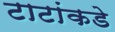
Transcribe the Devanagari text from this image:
टाटांकडे